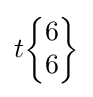
t{\begin{Bmatrix}6\\6\end{Bmatrix}}